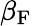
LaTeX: \beta_{\mathrm{F}}